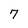
Character: 7